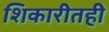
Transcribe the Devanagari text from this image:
शिकारीतही